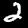
Digit: 2